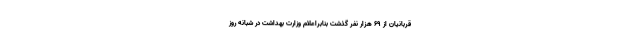
قربانیان از ۶۹ هزار نفر گذشت بنابراعلام وزارت بهداشت در شبانه روز